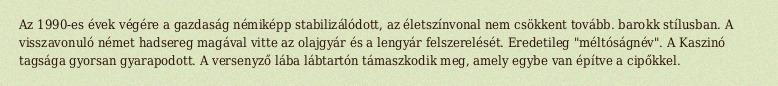
Az 1990-es évek végére a gazdaság némiképp stabilizálódott, az életszínvonal nem csökkent tovább. barokk stílusban. A visszavonuló német hadsereg magával vitte az olajgyár és a lengyár felszerelését. Eredetileg "méltóságnév". A Kaszinó tagsága gyorsan gyarapodott. A versenyző lába lábtartón támaszkodik meg, amely egybe van építve a cipőkkel.